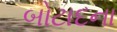
બોટાદના